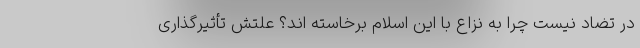
در تضاد نیست چرا به نزاع با این اسلام برخاسته اند؟ علتش تأثیرگذاری